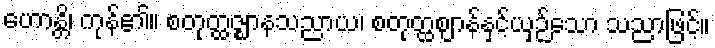
ဟောန္တိ၊ ကုန်၏။ စတုတ္ထဇ္ဈာနသညာယ၊ စတုတ္ထဈာန်နှင့်ယှဉ်သော သညာဖြင့်။